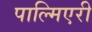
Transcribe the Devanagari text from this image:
पाल्मिएरी